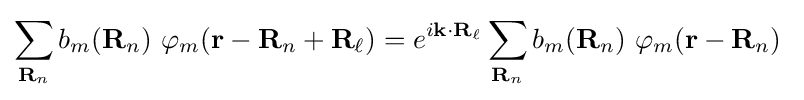
\sum _{\mathbf {R} _{n}}b_{m}(\mathbf {R} _{n})\ \varphi _{m}(\mathbf {r} -\mathbf {R} _{n}+\mathbf {R} _{\ell })=e^{i\mathbf {k} \cdot \mathbf {R} _{\ell }}\sum _{\mathbf {R} _{n}}b_{m}(\mathbf {R} _{n})\ \varphi _{m}(\mathbf {r} -\mathbf {R} _{n})\